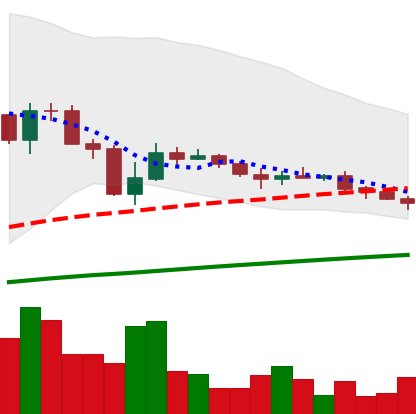
Ticker: LINK-USD
Chart end date: 2019-07-30
Forward return: 19.556%
Label: up_7plus